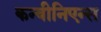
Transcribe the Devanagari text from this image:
कन्वीनिएन्स